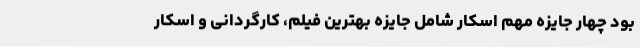
بود چهار جایزه مهم اسکار شامل جایزه بهترین فیلم، کارگردانی و اسکار